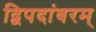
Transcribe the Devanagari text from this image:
द्विपदांबरम्